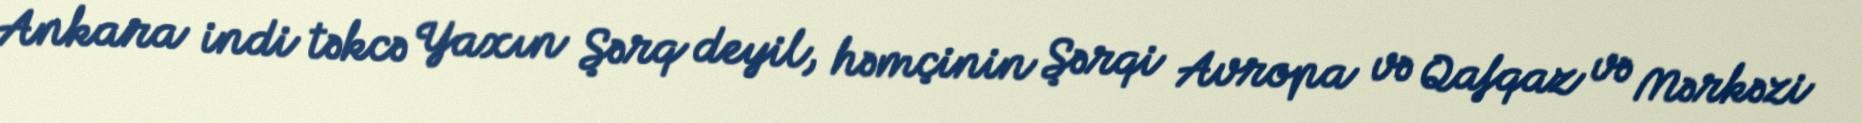
Ankara indi təkcə Yaxın Şərq deyil, həmçinin Şərqi Avropa və Qafqaz və Mərkəzi